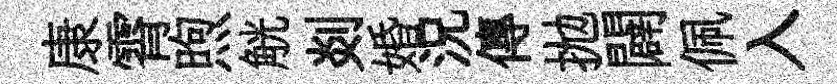
康霄煦觥剡婚況傳拋闢佩入